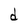
Character: d